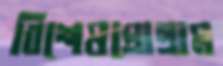
বিশেষপ্রোগ্রাম